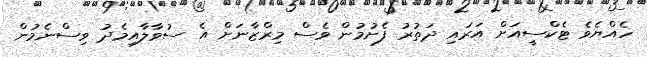
ހެއްޔެވެ ޓެކްސީއަށް އަރައި ދަތުރު ފެށުމުން ވެސް މިރްޒާނަށް އެ ސުވާލާއިމެދު ވިސްނެމުން